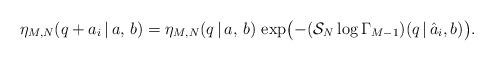
LaTeX: \begin{align*}\eta_{M, N}(q+a_i\,|\,a,\,b) =\eta_{M, N}(q\,|\,a,\,b)\,\exp\bigl(-(\mathcal{S}_N\log\Gamma_{M-1})(q\,|\,\hat{a}_i, b)\bigr). \end{align*}